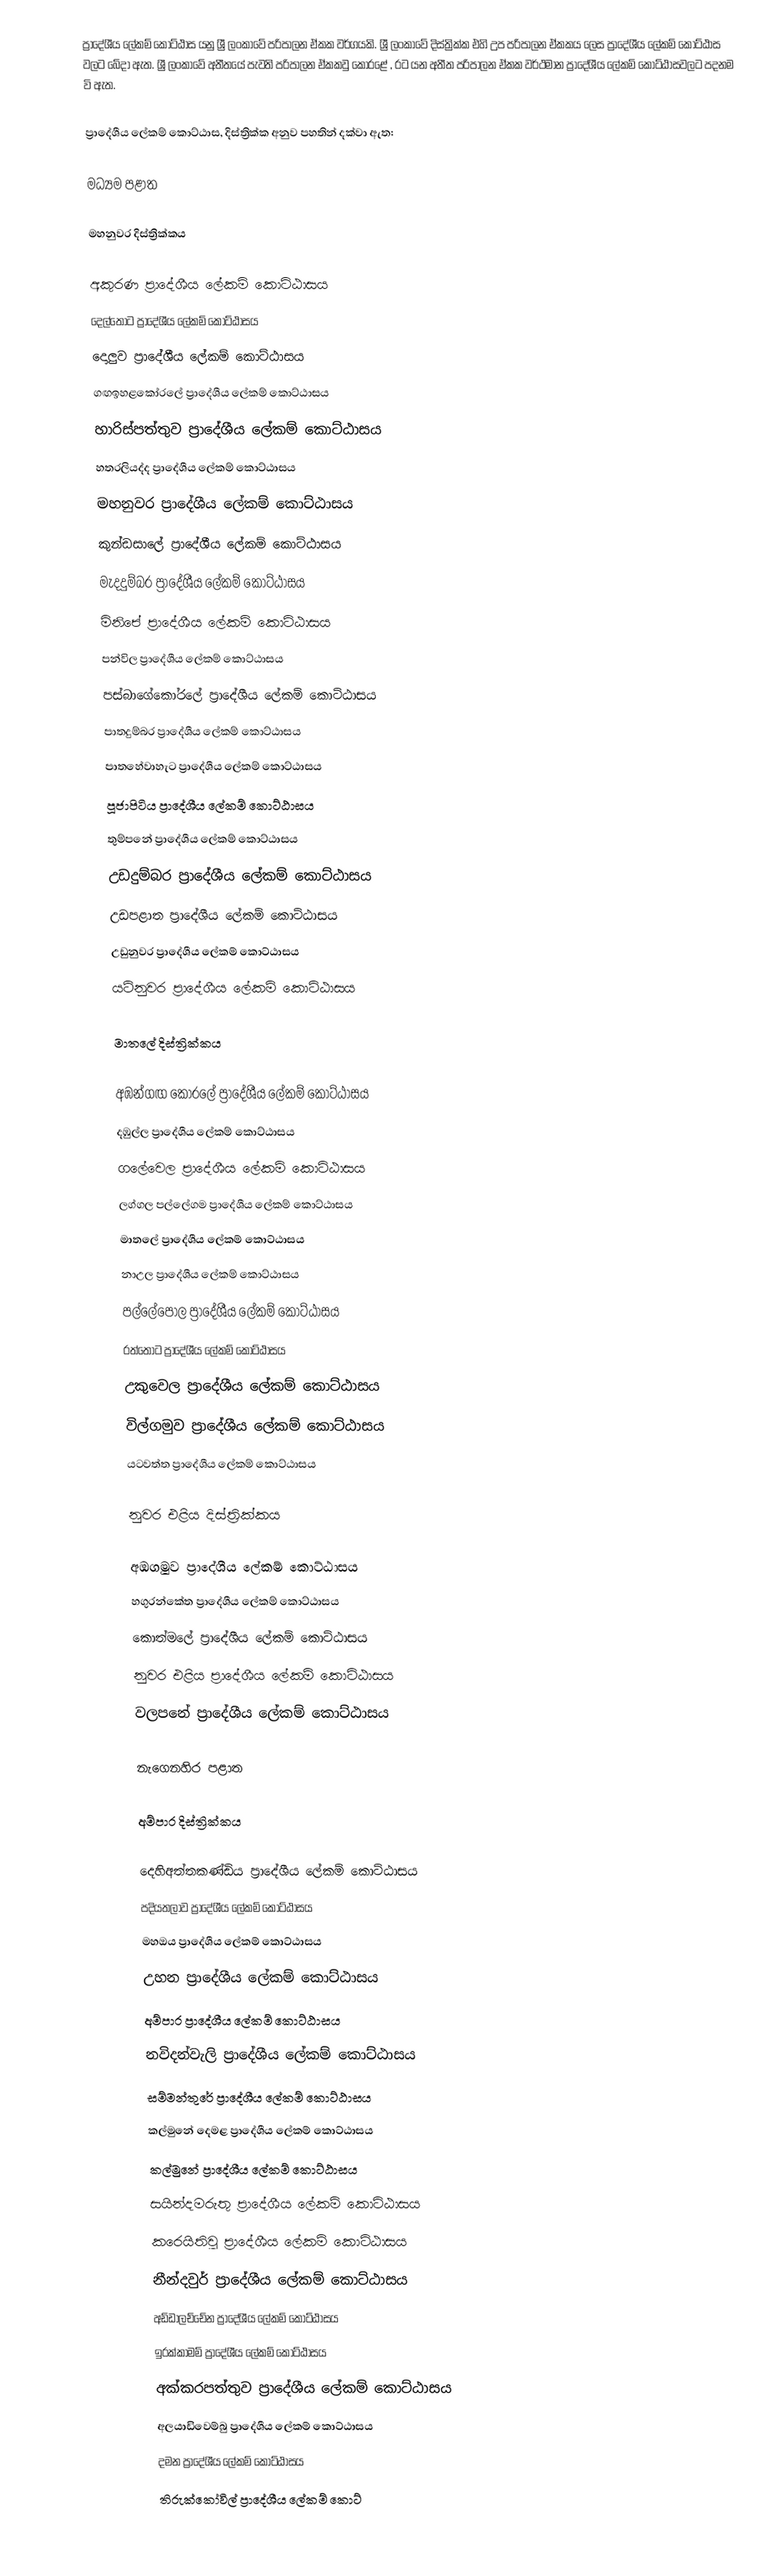
ප්‍රාදේශීය ලේකම්  කොට්ඨාස යනු ශ්‍රී ලංකාවේ පරිපාලන ඒකක වර්ගයකි. ශ්‍රී ලංකාවේ දිස්ත්‍රික්ක එහි උප පරිපාලන ඒකකය ලෙස ප්‍රාදේශීය ලේකම් කොට්ඨාස වලට බේදා ඇත. ශ්‍රී ලංකාවේ අතීතයේ පැවති පරිපාලන ඒකකවු කෝරළේ , රට යන අතීත පරිපාලන ඒකක වර්ථමාන ප්‍රාදේශීය ලේකම් කොට්ඨාසවලට පදනම වි ඇත.

ප්‍රාදේශීය ලේකම් කොට්ඨාස, දිස්ත්‍රික්ක අනුව පහතින් දක්වා ඇත:

මධ්‍යම පළාත

මහනුවර දිස්ත්‍රික්කය

 අකුරණ ප්‍රාදේශීය ලේකම් කොට්ඨාසය
 දෙල්තොට ප්‍රාදේශීය ලේකම් කොට්ඨාසය
 දොලුව ප්‍රාදේශීය ලේකම් කොට්ඨාසය
 ගඟඉහළකෝරලේ ප්‍රාදේශීය ලේකම් කොට්ඨාසය
 හාරිස්පත්තුව ප්‍රාදේශීය ලේකම් කොට්ඨාසය
 හතරලියද්ද ප්‍රාදේශීය ලේකම් කොට්ඨාසය
 මහනුවර ප්‍රාදේශීය ලේකම් කොට්ඨාසය
 කුන්ඩසාලේ ප්‍රාදේශීය ලේකම් කොට්ඨාසය
 මැදදුම්බර ප්‍රාදේශීය ලේකම් කොට්ඨාසය
 මිනිපේ ප්‍රාදේශීය ලේකම් කොට්ඨාසය
 පන්විල ප්‍රාදේශීය ලේකම් කොට්ඨාසය
 පස්බාගේකෝරලේ ප්‍රාදේශීය ලේකම් කොට්ඨාසය
 පාතදුම්බර ප්‍රාදේශීය ලේකම් කොට්ඨාසය
 පාතහේවාහැට ප්‍රාදේශීය ලේකම් කොට්ඨාසය
 පූජාපිටිය ප්‍රාදේශීය ලේකම් කොට්ඨාසය
 තුම්පනේ ප්‍රාදේශීය ලේකම් කොට්ඨාසය
 උඩදුම්බර ප්‍රාදේශීය ලේකම් කොට්ඨාසය
 උඩපළාත ප්‍රාදේශීය ලේකම් කොට්ඨාසය
 උඩුනුවර ප්‍රාදේශීය ලේකම් කොට්ඨාසය
 යටිනුවර ප්‍රාදේශීය ලේකම් කොට්ඨාසය

මාතලේ දිස්ත්‍රික්කය

 අඹන්ගඟ කෝරලේ ප්‍රාදේශීය ලේකම් කොට්ඨාසය
 දඹුල්ල ප්‍රාදේශීය ලේකම් කොට්ඨාසය
 ගලේවෙල ප්‍රාදේශීය ලේකම් කොට්ඨාසය
 ලග්ගල පල්ලේගම ප්‍රාදේශීය ලේකම් කොට්ඨාසය
 මාතලේ ප්‍රාදේශීය ලේකම් කොට්ඨාසය
 නාඋල ප්‍රාදේශීය ලේකම් කොට්ඨාසය
 පල්ලේපොල ප්‍රාදේශීය ලේකම් කොට්ඨාසය
 රත්තොට ප්‍රාදේශීය ලේකම් කොට්ඨාසය
 උකුවෙල ප්‍රාදේශීය ලේකම් කොට්ඨාසය
 විල්ගමුව ප්‍රාදේශීය ලේකම් කොට්ඨාසය
 යටවත්ත ප්‍රාදේශීය ලේකම් කොට්ඨාසය

නුවර එළිය දිස්ත්‍රික්කය

 අඹගමුව ප්‍රාදේශීය ලේකම් කොට්ඨාසය
 හගුරන්කේත ප්‍රාදේශීය ලේකම් කොට්ඨාසය
 කොත්මලේ ප්‍රාදේශීය ලේකම් කොට්ඨාසය
 නුවර එළිය ප්‍රාදේශීය ලේකම් කොට්ඨාසය
 වලපනේ ප්‍රාදේශීය ලේකම් කොට්ඨාසය

නැගෙනහිර පළාත

අම්පාර දිස්ත්‍රික්කය

 දෙහිඅත්තකණ්ඩිය ප්‍රාදේශීය ලේකම් කොට්ඨාසය
 පදියතලාව ප්‍රාදේශීය ලේකම් කොට්ඨාසය
 මහඔය ප්‍රාදේශීය ලේකම් කොට්ඨාසය
 උහන ප්‍රාදේශීය ලේකම් කොට්ඨාසය
 අම්පාර ප්‍රාදේශීය ලේකම් කොට්ඨාසය
 නවිදන්වැලි ප්‍රාදේශීය ලේකම් කොට්ඨාසය
 සම්මන්තුරේ ප්‍රාදේශීය ලේකම් කොට්ඨාසය
 කල්මුනේ දෙමළ ප්‍රාදේශීය ලේකම් කොට්ඨාසය
 කල්මුනේ ප්‍රාදේශීය ලේකම් කොට්ඨාසය
 සයින්දමරුතු ප්‍රාදේශීය ලේකම් කොට්ඨාසය
 කරෙයිතිවු ප්‍රාදේශීය ලේකම් කොට්ඨාසය
 නීන්දවුර් ප්‍රාදේශීය ලේකම් කොට්ඨාසය
 අඩ්ඩාලච්චේන ප්‍රාදේශීය ලේකම් කොට්ඨාසය
 ඉරක්කාමම් ප්‍රාදේශීය ලේකම් කොට්ඨාසය
 අක්කරපත්තුව ප්‍රාදේශීය ලේකම් කොට්ඨාසය
 අලයාඩිවෙම්බු ප්‍රාදේශීය ලේකම් කොට්ඨාසය
 දමන ප්‍රාදේශීය ලේකම් කොට්ඨාසය
 තිරුක්කෝවිල් ප්‍රාදේශීය ලේකම් කොට්